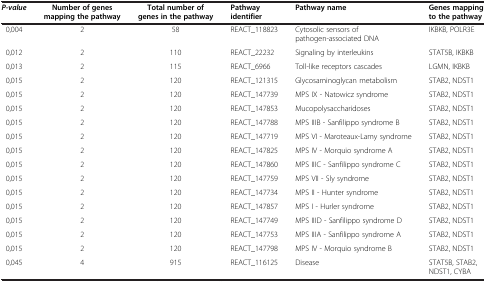
<table><thead><tr><td><b><i>P-value</i></b></td><td><b>Number of genes mapping the pathway</b></td><td><b>Total number of genes in the pathway</b></td><td><b>Pathway identifier</b></td><td><b>Pathway name</b></td><td><b>Genes mapping to the pathway</b></td></tr></thead><tbody><tr><td>0,004</td><td>2</td><td>58</td><td>REACT_118823</td><td>Cytosolic sensors of pathogen-associated DNA</td><td>IKBKB, POLR3E</td></tr><tr><td>0,012</td><td>2</td><td>110</td><td>REACT_22232</td><td>Signaling by interleukins</td><td>STAT5B, IKBKB</td></tr><tr><td>0,013</td><td>2</td><td>115</td><td>REACT_6966</td><td>Toll-like receptors cascades</td><td>LGMN, IKBKB</td></tr><tr><td>0,015</td><td>2</td><td>120</td><td>REACT_121315</td><td>Glycosaminoglycan metabolism</td><td>STAB2, NDST1</td></tr><tr><td>0,015</td><td>2</td><td>120</td><td>REACT_147739</td><td>MPS IX - Natowicz syndrome</td><td>STAB2, NDST1</td></tr><tr><td>0,015</td><td>2</td><td>120</td><td>REACT_147853</td><td>Mucopolysaccharidoses</td><td>STAB2, NDST1</td></tr><tr><td>0,015</td><td>2</td><td>120</td><td>REACT_147788</td><td>MPS IIIB - Sanfilippo syndrome B</td><td>STAB2, NDST1</td></tr><tr><td>0,015</td><td>2</td><td>120</td><td>REACT_147719</td><td>MPS VI - Maroteaux-Lamy syndrome</td><td>STAB2, NDST1</td></tr><tr><td>0,015</td><td>2</td><td>120</td><td>REACT_147825</td><td>MPS IV - Morquio syndrome A</td><td>STAB2, NDST1</td></tr><tr><td>0,015</td><td>2</td><td>120</td><td>REACT_147860</td><td>MPS IIIC - Sanfilippo syndrome C</td><td>STAB2, NDST1</td></tr><tr><td>0,015</td><td>2</td><td>120</td><td>REACT_147759</td><td>MPS VII - Sly syndrome</td><td>STAB2, NDST1</td></tr><tr><td>0,015</td><td>2</td><td>120</td><td>REACT_147734</td><td>MPS II - Hunter syndrome</td><td>STAB2, NDST1</td></tr><tr><td>0,015</td><td>2</td><td>120</td><td>REACT_147857</td><td>MPS I - Hurler syndrome</td><td>STAB2, NDST1</td></tr><tr><td>0,015</td><td>2</td><td>120</td><td>REACT_147749</td><td>MPS IIID - Sanfilippo syndrome D</td><td>STAB2, NDST1</td></tr><tr><td>0,015</td><td>2</td><td>120</td><td>REACT_147753</td><td>MPS IIIA - Sanfilippo syndrome A</td><td>STAB2, NDST1</td></tr><tr><td>0,015</td><td>2</td><td>120</td><td>REACT_147798</td><td>MPS IV - Morquio syndrome B</td><td>STAB2, NDST1</td></tr><tr><td>0,045</td><td>4</td><td>915</td><td>REACT_116125</td><td>Disease</td><td>STAT5B, STAB2, NDST1, CYBA</td></tr></tbody></table>